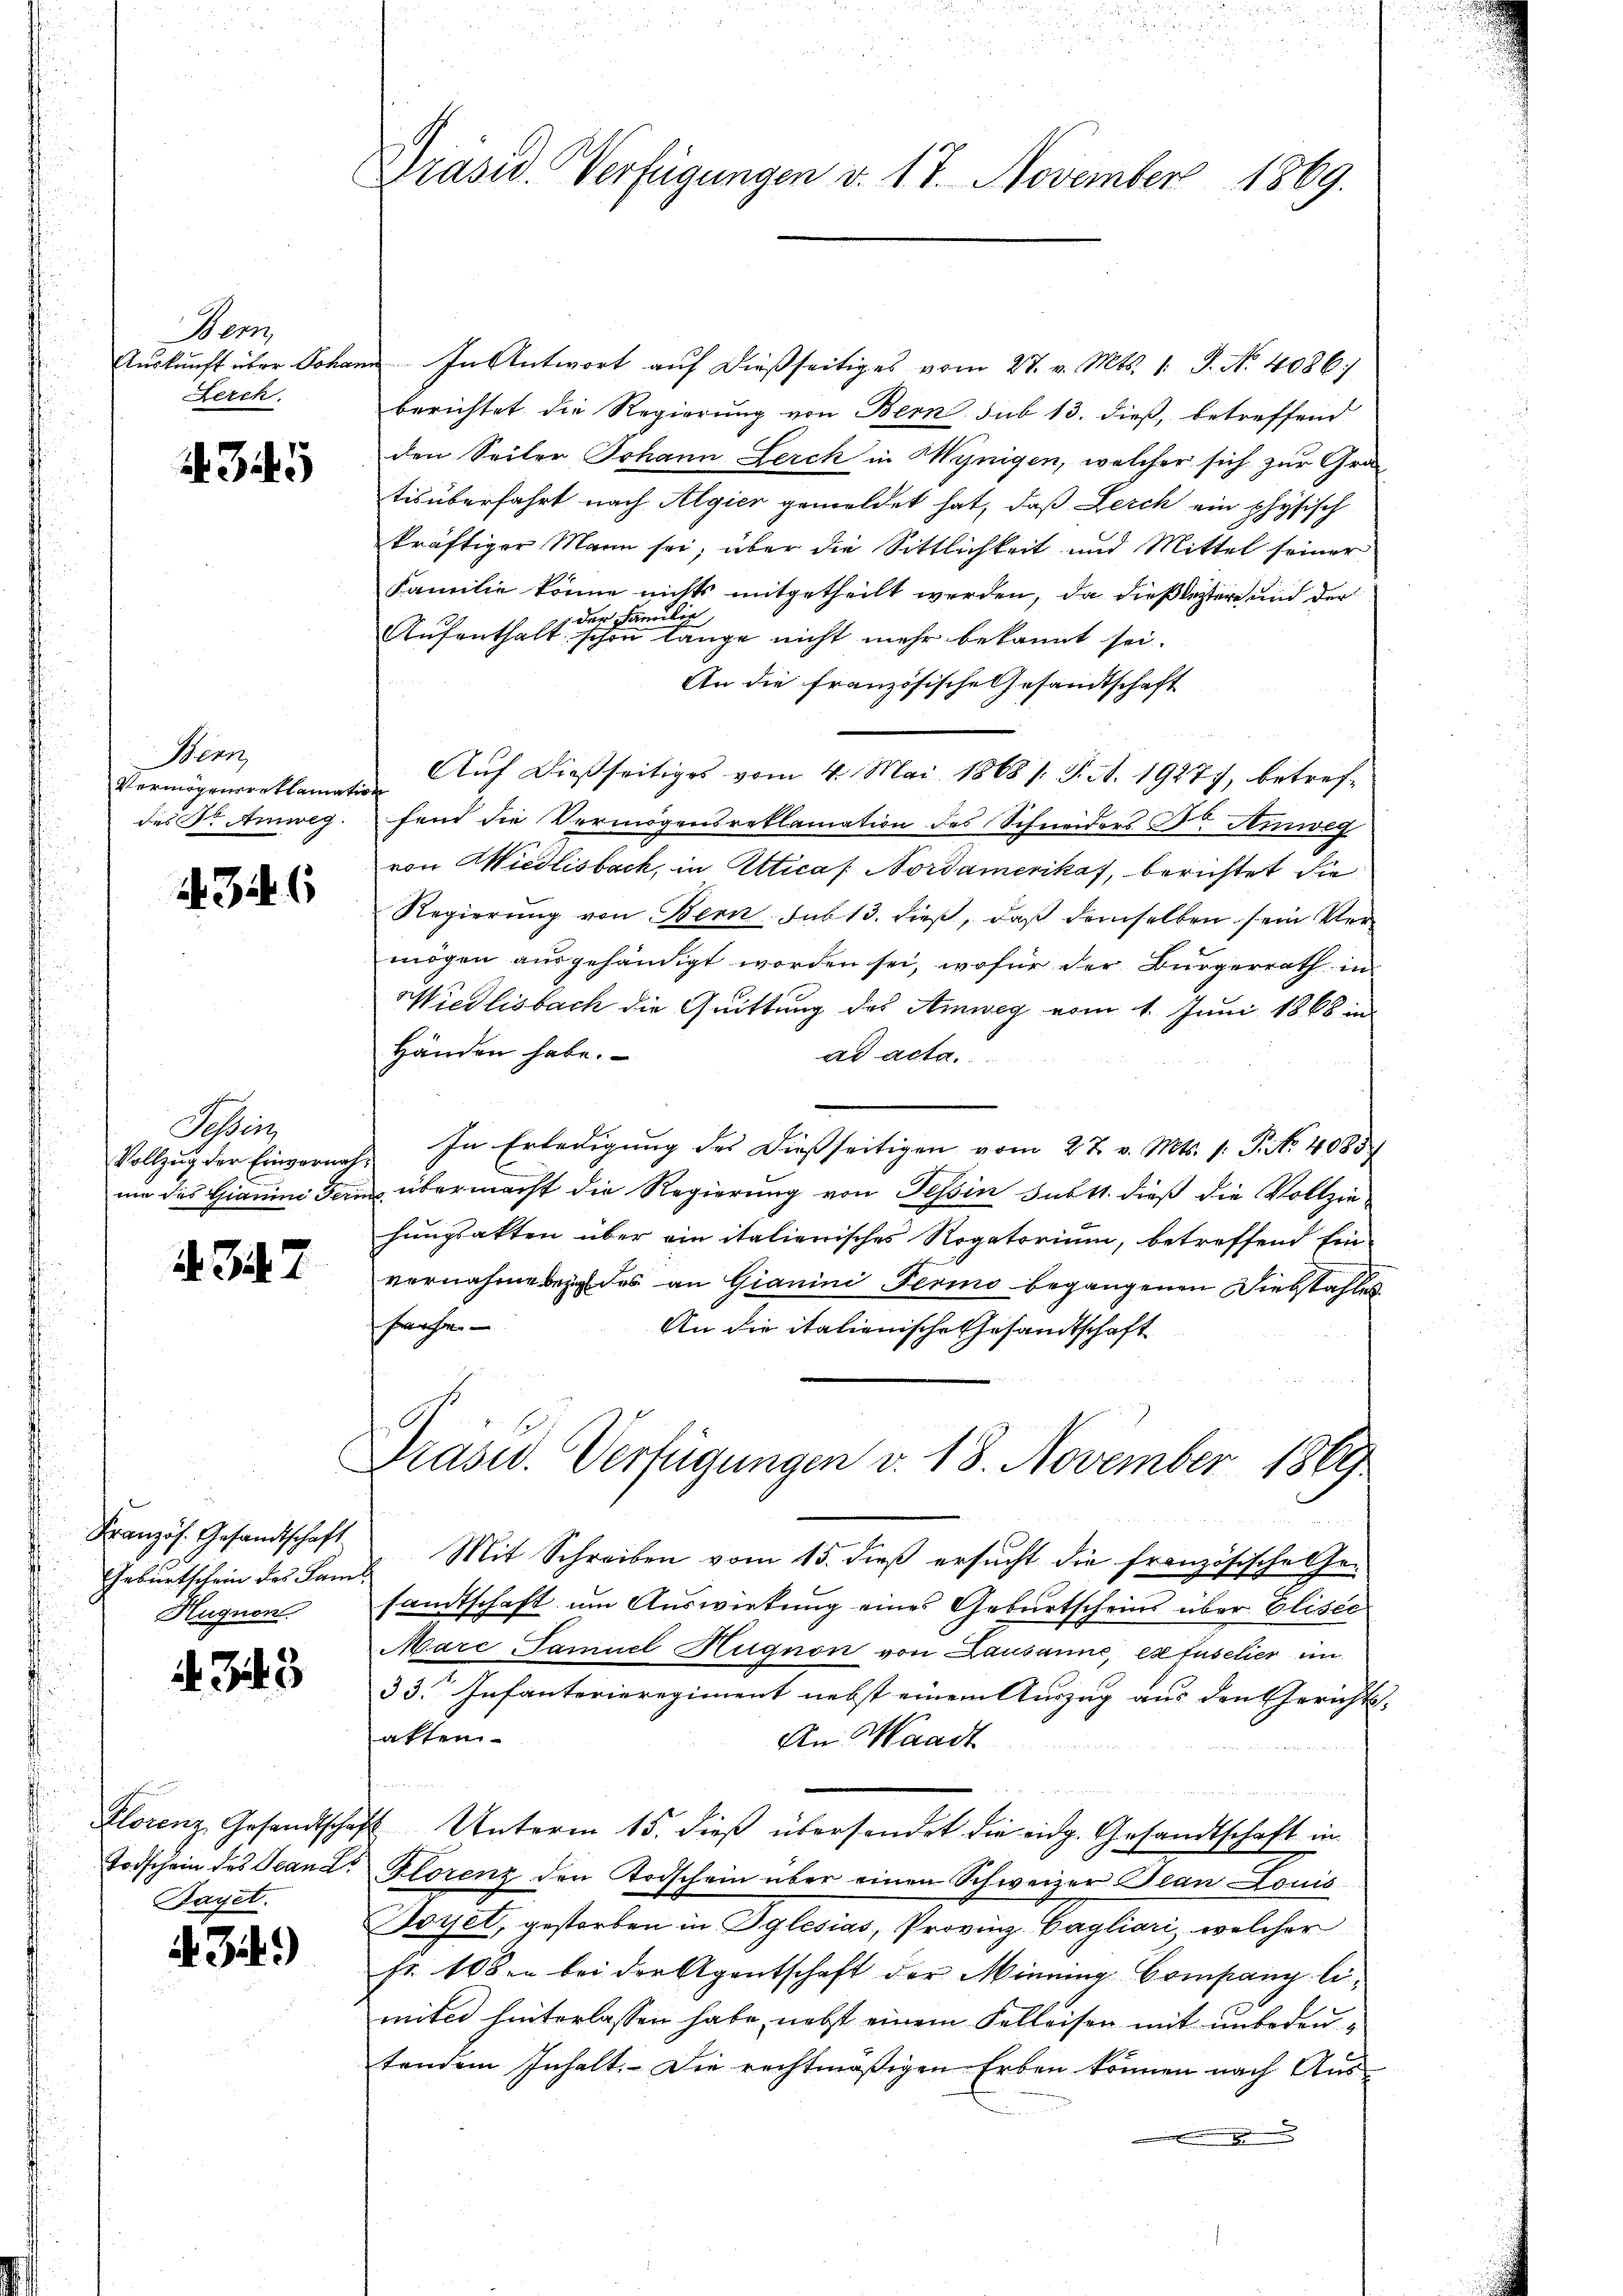
Wem
Auskunft über Johan
Lerch

345

Stern
Vermögensreklamati
des Dr. Amweg.

4346

Schweiz
Vollzug der Einvernahume des Gianini Feri

. 347

Französ. Gesandtschaft
Hugnon

348

Bayet.

d. Zif.)

Präsid. Verfügungen v. 17. November 1869.

In Antwort auf dießseitiges vom 27. v. Mts. 1. J. No. 4086)
berichtet die Regierung von Bern sub 13. dieß, betreffend
den Seiter Johann Lerch in Wynigen, welcher sich zur Gratis überfahrt nach Algier gemeldet hat, daß Lerch ein physisch
kräftiger Mann sei; über die Sittlichkeit und Mittel seiner
Familie könne nichts mitgetheilt werden, da dieß leztere und der
 der Familie
Aufenthalt schon lange nicht mehr bekannt sei.
An die französische Gesandtschaft
Auf dießseitiges vom 4. Mai 1868 /: J. A. 19277, betreffend die Vermögensreklamation des Schneiders D Amweg
von Wiedlisbach, in Atticas Nordamerikaf, berichtet die
Regierung von Bern sub 13. dieß, daß demselben sein Vermögen ausgehändigt worden sei, wofür der Bürgerrath in
Wiedlisbach die Quittung des Amweg vom 1. Juni 1868 in
Händen habe.
ad acta.
In Erledigung des dießseitigen vom 27. v. Mts. 1. P. Nr. 4085/
übermacht die Regierung von Tessin sub 11. dieß die Vollziehungsakten über ein italienisches Rogatorium, betreffend Ein-
vernahmebei des an Gianini Perio begangenen Diebstahles
fache.
An die italienische Gesandtschaft

Präsid. Verfügungen v. 18. November 1869

Geburtschein des Land Mit Schreiben vom 15. dieß ersucht die französische Gesandtschaft um Auswirkung eines Geburtscheins über Elisec
Marc Tamuel Hugnon von Lausanne, ex fuselier im
33. Infanterieregiment nebst einem Auszug aus den Gerichts- |
aften
An Waadt
Klorenz Gesandtschaft Unterm 15. dieβ übersendet die eidg. Gesandtschaft in
Todschein des Teande Florenz den Todschein über einen Schweizer Jean Louis
Borel, gestorben in Iglesias, Provinz Cagliari, welcher
fr. 108 bei der Agentschaft der Minning Company limite hinterlassen habe, nebst einem Kelleisen mit unbedeutendem Inhalt. Die rechtmäßigen Erben können nach Aus-